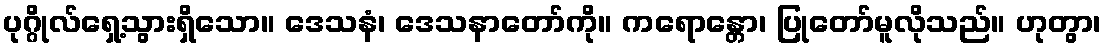
ပုဂ္ဂိုလ်ရှေ့သွားရှိသော။ ဒေသနံ၊ ဒေသနာတော်ကို။ ကရောန္တော၊ ပြုတော်မူလိုသည်။ ဟုတွာ၊